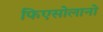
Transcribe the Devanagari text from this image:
फिएसोलानो